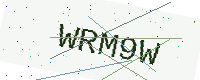
Text: WRM9W